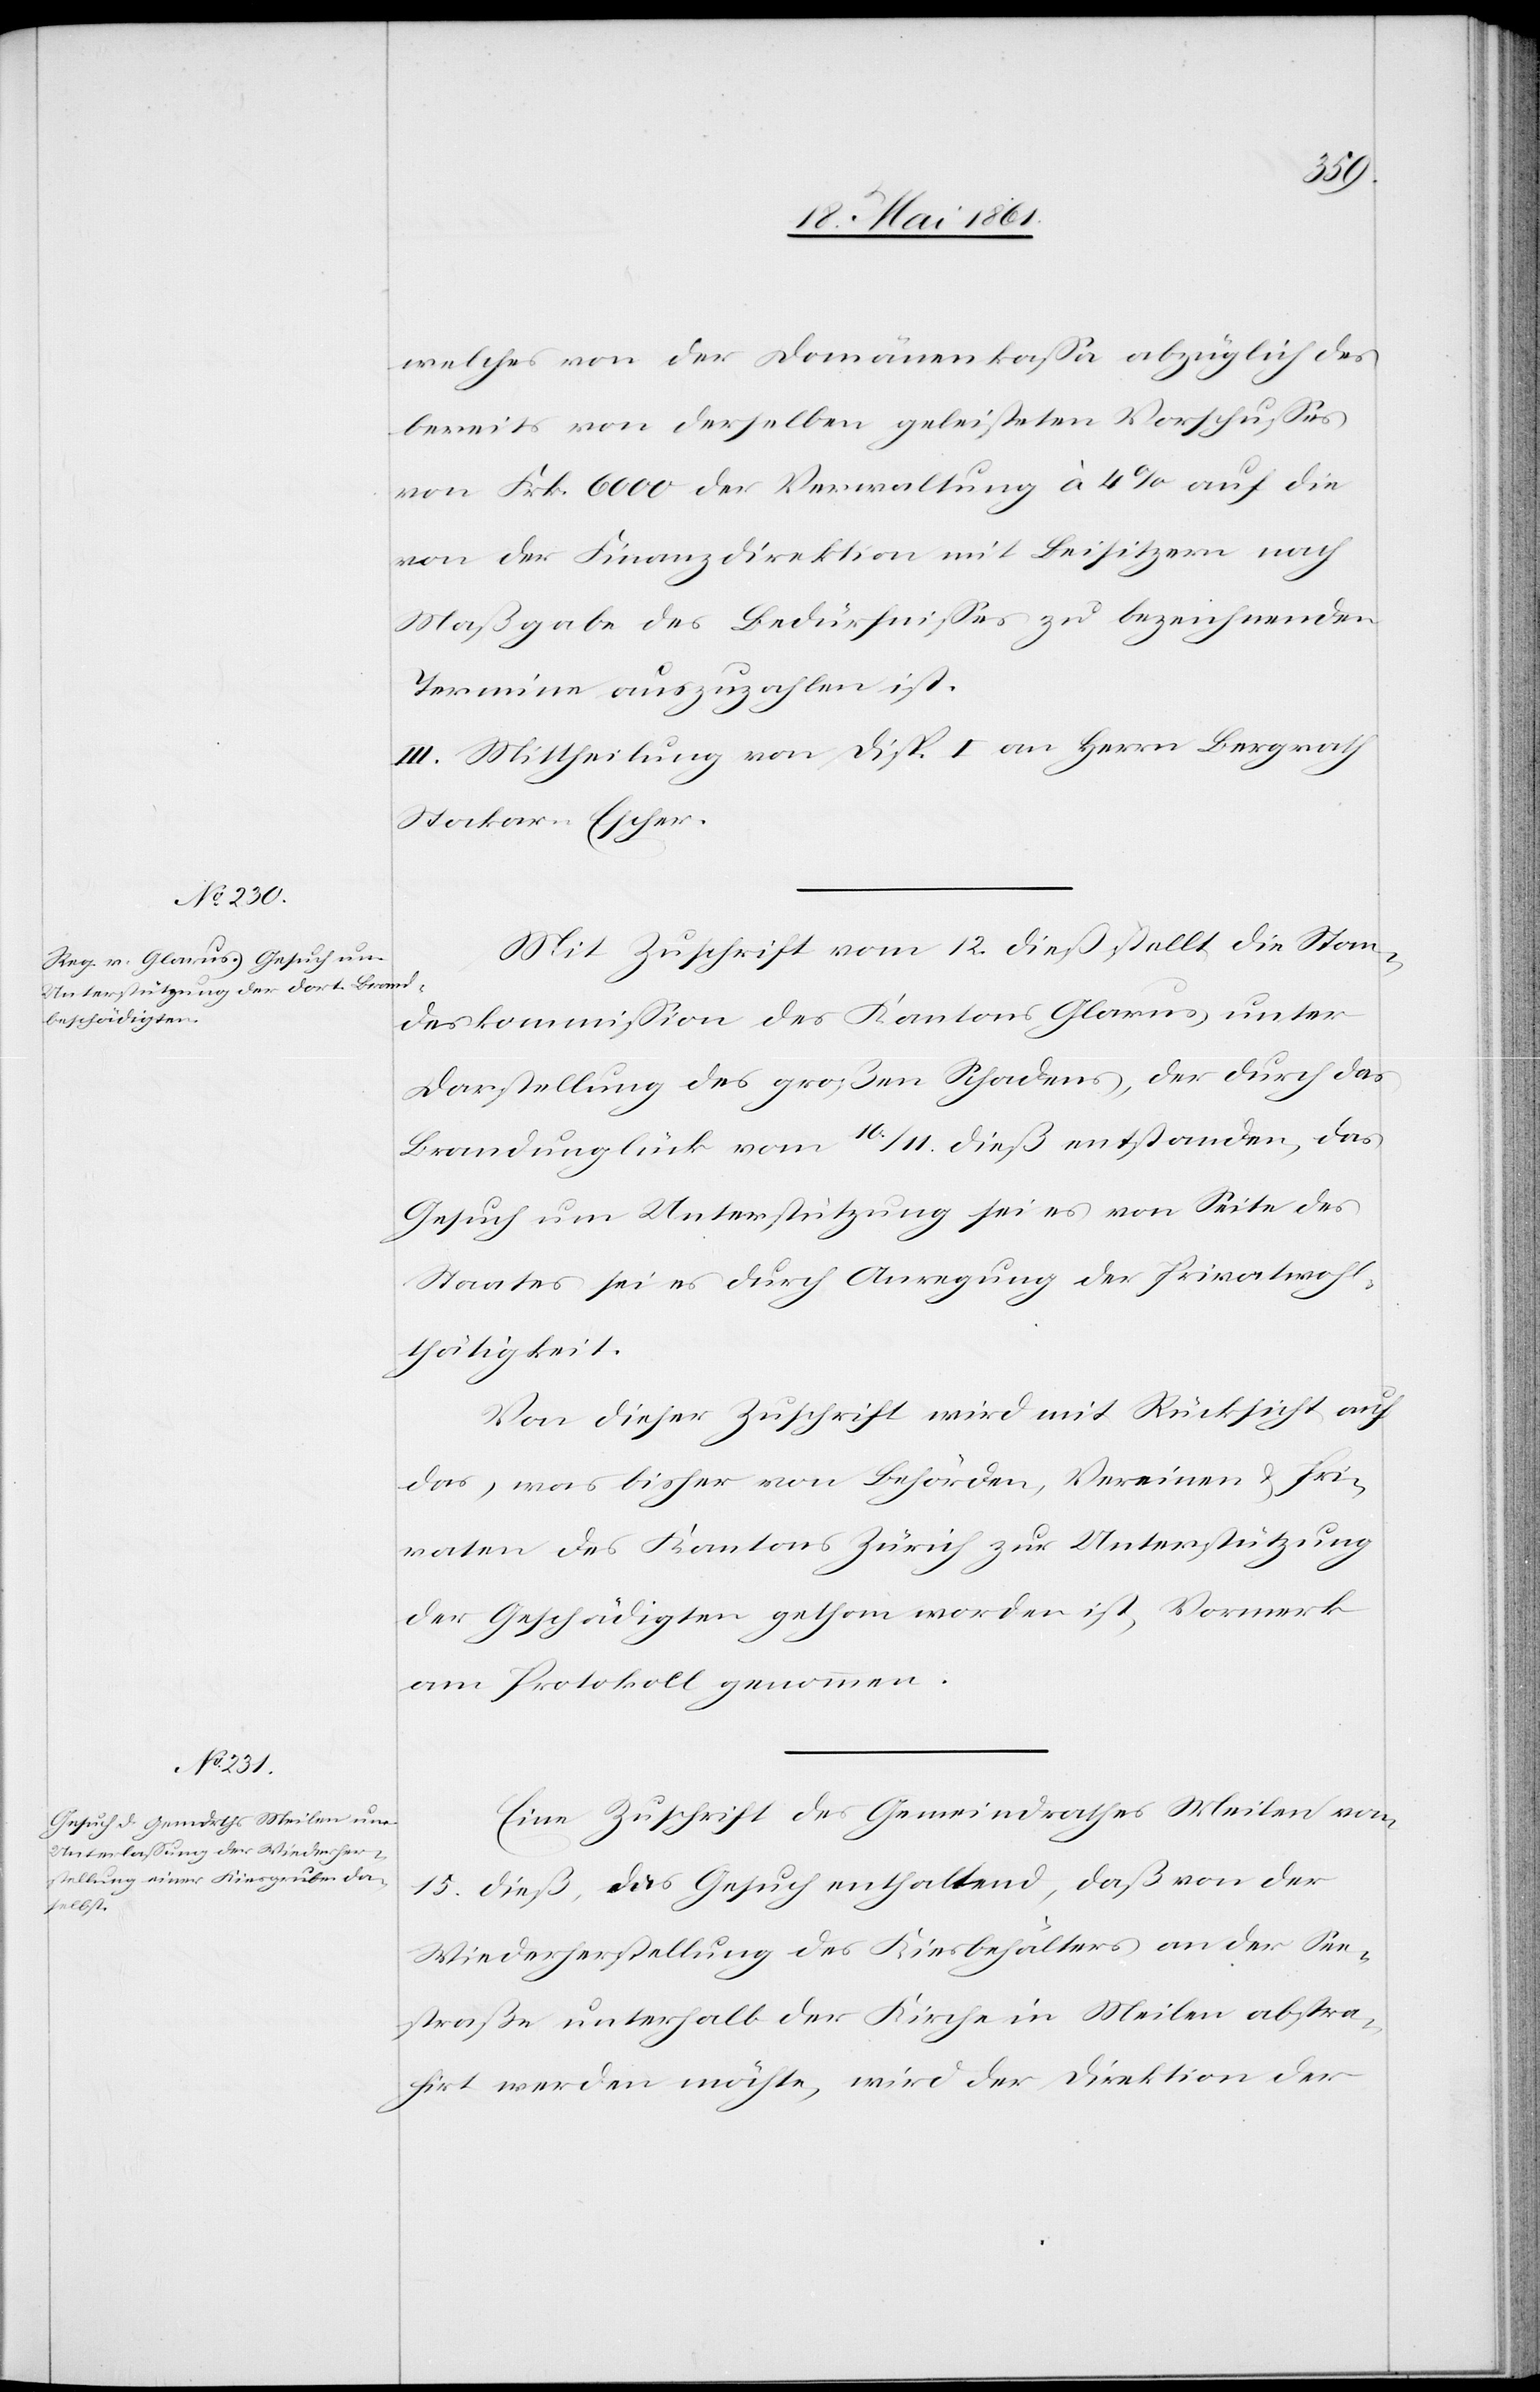
welches von der Domänenkassa abzüglich des
bereits von derselben geleisteten Vorschusses
von Frk. 6000 der Verwaltung à 4% auf die
von der Finanzdirektion mit Beisitzern nach
Maßgabe des Bedürfnisses zu bezeichnenden
Termine auszuzahlen ist.
III. Mittheilung von Disp. I an Herrn Bezirksrath
Stockar-Escher.
Mit Zuschrift vom 12. dieß stellt die Stan¬
deskommission des Kantons Glarus, unter
Darstellung des großen Schadens, der durch das
Brandunglück vom 10. / 11. dieß entstanden, das
Gesuch um Unterstützung sei es von Seite des
Staates sei es durch Anregung der Privatwohl¬
thätigkeit.
Von dieser Zuschrift wird mit Rücksicht auf
das, was bisher von Behörden, Vereinen u. Pri¬
vaten des Kantons Zürich zur Unterstützung
der Geschädigten gethan worden ist, Vormerk
am Protokoll genommen.
Eine Zuschrift des Gemeindrathes Meilen vom
15. dieß, das Gesuch enthaltend, daß von der
Wiederherstellung des Kiesbehälters an der See¬
straße unterhalb der Kirche in Meilen abstra¬
hirt werden möchte, wird der Direktion der